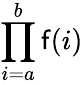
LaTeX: \prod_{i=a}^{b}\mathsf{f}(i)